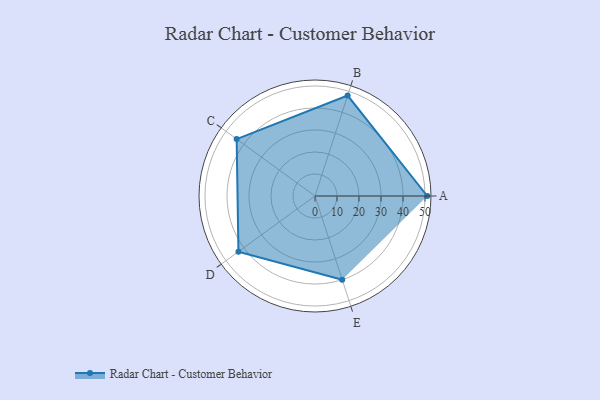
{"axis": {"x": "Skill", "y": "Score"}, "legend": ["Profile"], "data": [{"x": "A", "y": 51.0, "type": "Profile"}, {"x": "B", "y": 48.0, "type": "Profile"}, {"x": "C", "y": 44.0, "type": "Profile"}, {"x": "D", "y": 43.0, "type": "Profile"}, {"x": "E", "y": 40.0, "type": "Profile"}]}